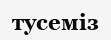
тусеміз